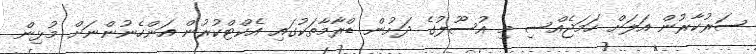
ސަރުކާރުން އަލަށް ހަމަޖެއްސި މި އުސޫލުގެ ދަށުން ޑްރާމާތަކުގައި އެކްޓްކުރުން އަންހެނުންނަށް މުޅިން